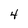
Character: 4